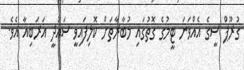
ގުރޫޕް ސީގެ އެއްވަނަ ޓީމުގެ ގޮތުގައި މުބާރާތަށް ކޮލިފައިވީ ސައުދީ އަރަބިއާ އެވެ.